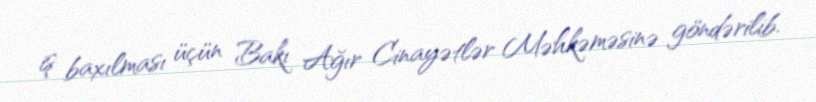
iş baxılması üçün Bakı Ağır Cinayətlər Məhkəməsinə göndərilib.